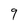
Character: 9